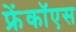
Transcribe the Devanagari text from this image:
फ्रेंकॉएस